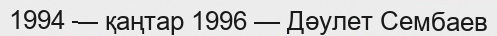
1994 — қаңтар 1996 — Дәулет Сембаев